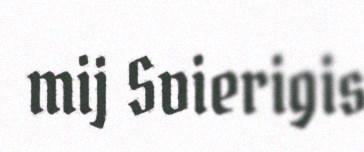
mij Svierigis